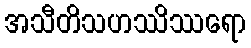
အသီတိသဟဿိဿရော